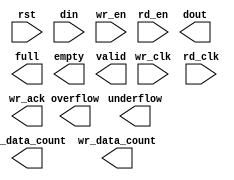
module fifo_generator_v6_2(
	rst,
	wr_clk,
	rd_clk,
	din,
	wr_en,
	rd_en,
	dout,
	full,
	wr_ack,
	overflow,
	empty,
	valid,
	underflow,
	rd_data_count,
	wr_data_count);


input rst;
input wr_clk;
input rd_clk;
input [127 : 0] din;
input wr_en;
input rd_en;
output [127 : 0] dout;
output full;
output wr_ack;
output overflow;
output empty;
output valid;
output underflow;
output [3 : 0] rd_data_count;
output [3 : 0] wr_data_count;

// synthesis translate_off

      FIFO_GENERATOR_V6_2 #(
		.C_COMMON_CLOCK(0),
		.C_COUNT_TYPE(0),
		.C_DATA_COUNT_WIDTH(4),
		.C_DEFAULT_VALUE("BlankString"),
		.C_DIN_WIDTH(128),
		.C_DOUT_RST_VAL("0"),
		.C_DOUT_WIDTH(128),
		.C_ENABLE_RLOCS(0),
		.C_ENABLE_RST_SYNC(1),
		.C_ERROR_INJECTION_TYPE(0),
		.C_FAMILY("virtex5"),
		.C_FULL_FLAGS_RST_VAL(1),
		.C_HAS_ALMOST_EMPTY(0),
		.C_HAS_ALMOST_FULL(0),
		.C_HAS_BACKUP(0),
		.C_HAS_DATA_COUNT(0),
		.C_HAS_INT_CLK(0),
		.C_HAS_MEMINIT_FILE(0),
		.C_HAS_OVERFLOW(1),
		.C_HAS_RD_DATA_COUNT(1),
		.C_HAS_RD_RST(0),
		.C_HAS_RST(1),
		.C_HAS_SRST(0),
		.C_HAS_UNDERFLOW(1),
		.C_HAS_VALID(1),
		.C_HAS_WR_ACK(1),
		.C_HAS_WR_DATA_COUNT(1),
		.C_HAS_WR_RST(0),
		.C_IMPLEMENTATION_TYPE(2),
		.C_INIT_WR_PNTR_VAL(0),
		.C_MEMORY_TYPE(1),
		.C_MIF_FILE_NAME("BlankString"),
		.C_MSGON_VAL(1),
		.C_OPTIMIZATION_MODE(0),
		.C_OVERFLOW_LOW(0),
		.C_PRELOAD_LATENCY(1),
		.C_PRELOAD_REGS(0),
		.C_PRIM_FIFO_TYPE("512x72"),
		.C_PROG_EMPTY_THRESH_ASSERT_VAL(2),
		.C_PROG_EMPTY_THRESH_NEGATE_VAL(3),
		.C_PROG_EMPTY_TYPE(0),
		.C_PROG_FULL_THRESH_ASSERT_VAL(13),
		.C_PROG_FULL_THRESH_NEGATE_VAL(12),
		.C_PROG_FULL_TYPE(0),
		.C_RD_DATA_COUNT_WIDTH(4),
		.C_RD_DEPTH(16),
		.C_RD_FREQ(1),
		.C_RD_PNTR_WIDTH(4),
		.C_UNDERFLOW_LOW(0),
		.C_USE_DOUT_RST(1),
		.C_USE_ECC(0),
		.C_USE_EMBEDDED_REG(0),
		.C_USE_FIFO16_FLAGS(0),
		.C_USE_FWFT_DATA_COUNT(0),
		.C_VALID_LOW(0),
		.C_WR_ACK_LOW(0),
		.C_WR_DATA_COUNT_WIDTH(4),
		.C_WR_DEPTH(16),
		.C_WR_FREQ(1),
		.C_WR_PNTR_WIDTH(4),
		.C_WR_RESPONSE_LATENCY(1))
	inst (
		.RST(rst),
		.WR_CLK(wr_clk),
		.RD_CLK(rd_clk),
		.DIN(din),
		.WR_EN(wr_en),
		.RD_EN(rd_en),
		.DOUT(dout),
		.FULL(full),
		.WR_ACK(wr_ack),
		.OVERFLOW(overflow),
		.EMPTY(empty),
		.VALID(valid),
		.UNDERFLOW(underflow),
		.RD_DATA_COUNT(rd_data_count),
		.WR_DATA_COUNT(wr_data_count),
		.BACKUP(),
		.BACKUP_MARKER(),
		.CLK(),
		.SRST(),
		.WR_RST(),
		.RD_RST(),
		.PROG_EMPTY_THRESH(),
		.PROG_EMPTY_THRESH_ASSERT(),
		.PROG_EMPTY_THRESH_NEGATE(),
		.PROG_FULL_THRESH(),
		.PROG_FULL_THRESH_ASSERT(),
		.PROG_FULL_THRESH_NEGATE(),
		.INT_CLK(),
		.INJECTDBITERR(),
		.INJECTSBITERR(),
		.ALMOST_FULL(),
		.ALMOST_EMPTY(),
		.DATA_COUNT(),
		.PROG_FULL(),
		.PROG_EMPTY(),
		.SBITERR(),
		.DBITERR());


// synthesis translate_on

endmodule